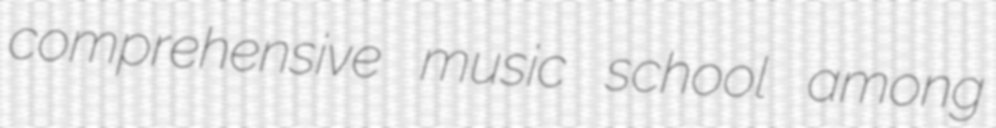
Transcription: comprehensive music school among